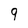
Character: 9